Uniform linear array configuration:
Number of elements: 64
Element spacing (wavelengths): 0.75
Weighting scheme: exponential
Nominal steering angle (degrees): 60
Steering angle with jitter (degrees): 61.083
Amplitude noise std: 0.05
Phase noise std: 0.05

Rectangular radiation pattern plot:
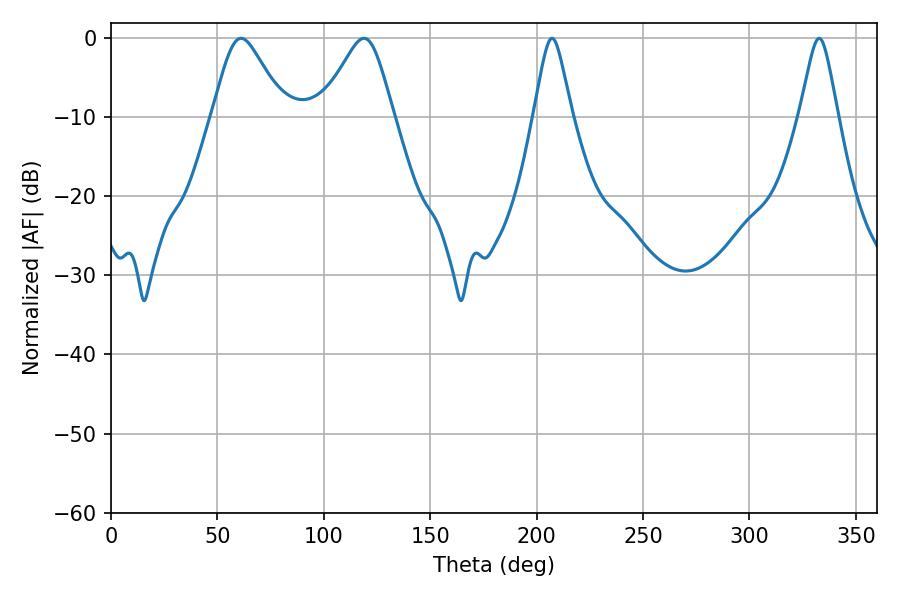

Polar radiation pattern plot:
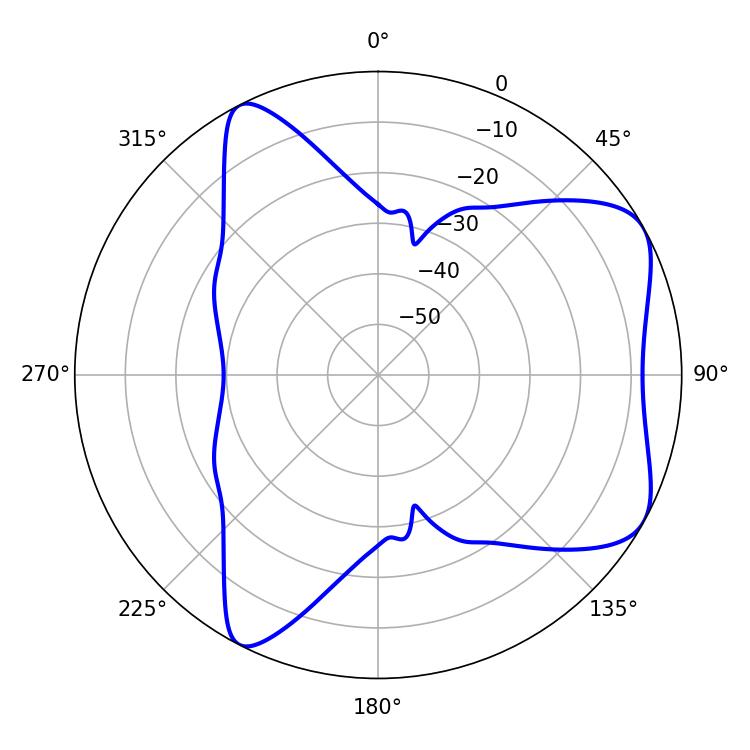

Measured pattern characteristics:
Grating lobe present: TRUE
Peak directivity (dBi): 6.318
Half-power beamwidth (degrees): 16.38
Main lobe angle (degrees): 61.2